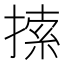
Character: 𢱢